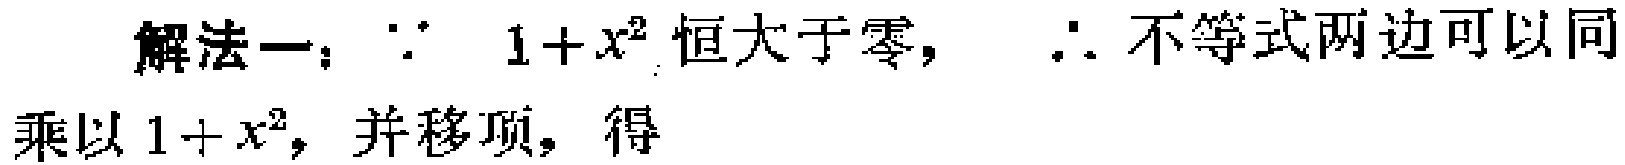
解法一：\(\because 1 + x^{2}\)恒大于零，\(\therefore\)不等式两边可以同乘以\(1 + x^{2}\)，并移项，得